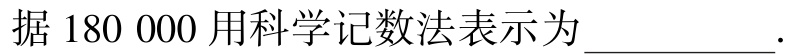
据$180\ 000$用科学记数法表示为\(\underline{\quad\quad}\).